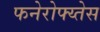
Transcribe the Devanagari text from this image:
फनेरोफ्य्तेस